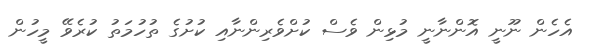
އެހެން ނޫނީ އޮންނާނީ މުޅިން ވެސް ކުށްވެރިންނާއި ކުށުގެ ތުހުމަތު ކުރެވޭ މީހުން